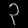
Digit: ၃